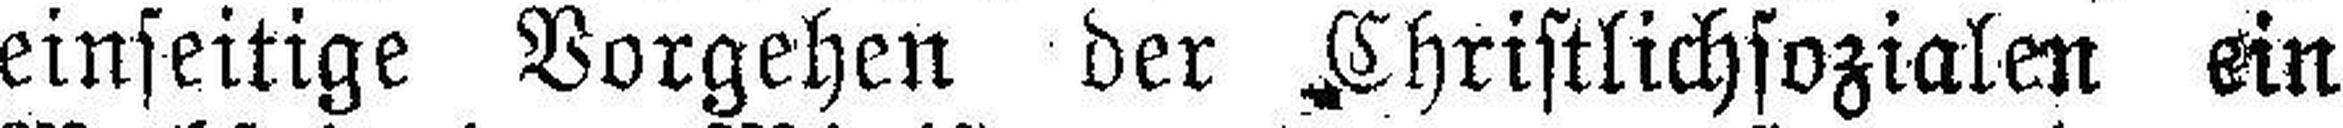
einseitige Vorgehen der Christlichsozialen ein